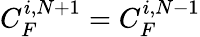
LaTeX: C_{F}^{i,N+1}=C_{F}^{i,N-1}